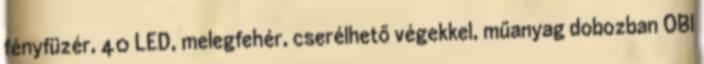
fényfüzér, 40 LED, melegfehér, cserélhető végekkel, műanyag dobozban OBI